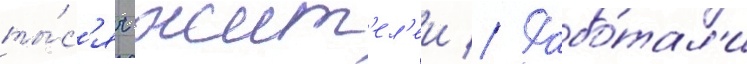
ты́с'яч жит'ел'еи // Рабо́тал'и